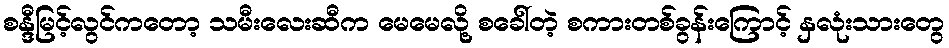
စန္ဒီမြင့်လွင်ကတော့ သမီးလေးဆီက မေမေလို့ စခေါ်တဲ့ စကားတစ်ခွန်းကြောင့် နှလုံးသားတွေ